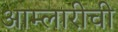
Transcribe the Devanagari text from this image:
आम्लारीची